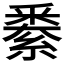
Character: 𨤙